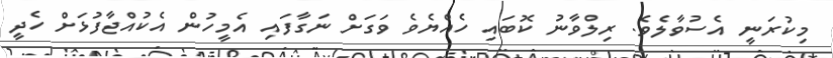
މިކުރަނީ އެސުވާލެވެ. ރިލްވާނު ކޮބައި ހެއްޔެވެ ވަގަށް ނަގާފައި އެމީހުން އެކުއްޖާފުޅަށް ހެދީ